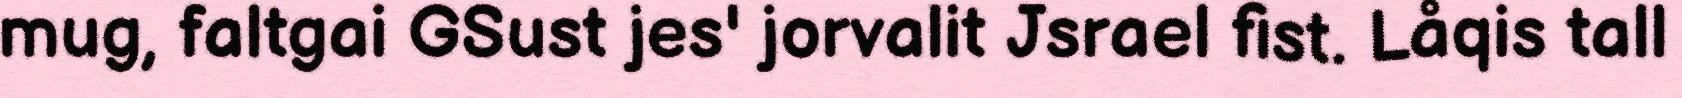
mug, faltgai GSust jes' jorvalit Jsrael fist. Låqis tall